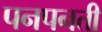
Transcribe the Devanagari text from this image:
पनपनती